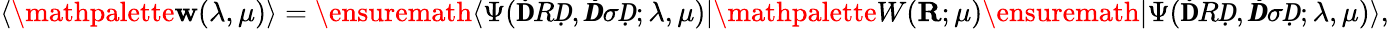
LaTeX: \langle\mathpalette{\mathbf{w}}(\lambda,\mu)\rangle=\ensuremath{{\langle\Psi(\mathbf{Ḋ}RḌ,\pmbḊ\sigmaḌ;\lambda,\mu)\vert}}\mathpalette{W}(\mathbf{{R}};\mu)\ensuremath{{\vert\Psi(\mathbf{Ḋ}RḌ,\pmbḊ\sigmaḌ;\lambda,\mu)\rangle}},